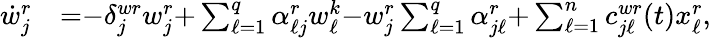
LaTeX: \begin{array}{rl}{\dot{w}_{j}^{r}}&{{=}{-}\delta_{j}^{wr}w_{j}^{r}{+}\textstyle\sum_{\ell=1}^{q}\alpha_{\ell j}^{r}w_{\ell}^{k}{-}w_{j}^{r}\textstyle\sum_{\ell=1}^{q}\alpha_{j\ell}^{r}{+}\textstyle\sum_{\ell=1}^{n}c_{j\ell}^{wr}(t)x_{\ell}^{r},}\end{array}